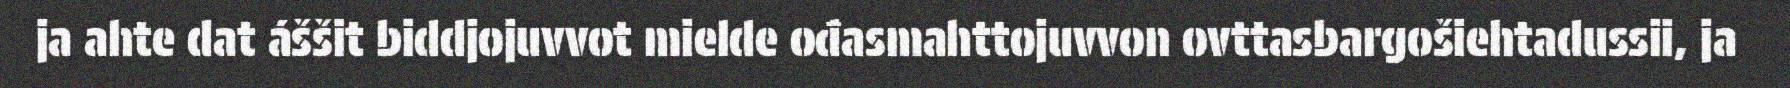
ja ahte dat áššit biddjojuvvot mielde ođasmahttojuvvon ovttasbargošiehtadussii, ja